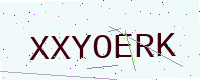
Text: XXYOERK